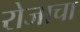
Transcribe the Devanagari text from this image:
रोजाचा